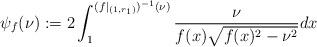
LaTeX: \begin{align*}\psi_{f}(\nu):=2\int_1^{(f|_{(1,r_1)})^{-1}(\nu)}\frac{\nu}{f(x)\sqrt{f(x)^2-\nu^2}}dx\end{align*}